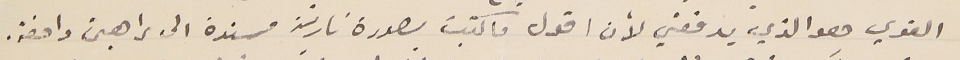
القوي هو الذي يدفعني لأن اقول ما كتبت بصورة ناريّة مسندة الى براهين دامغة.